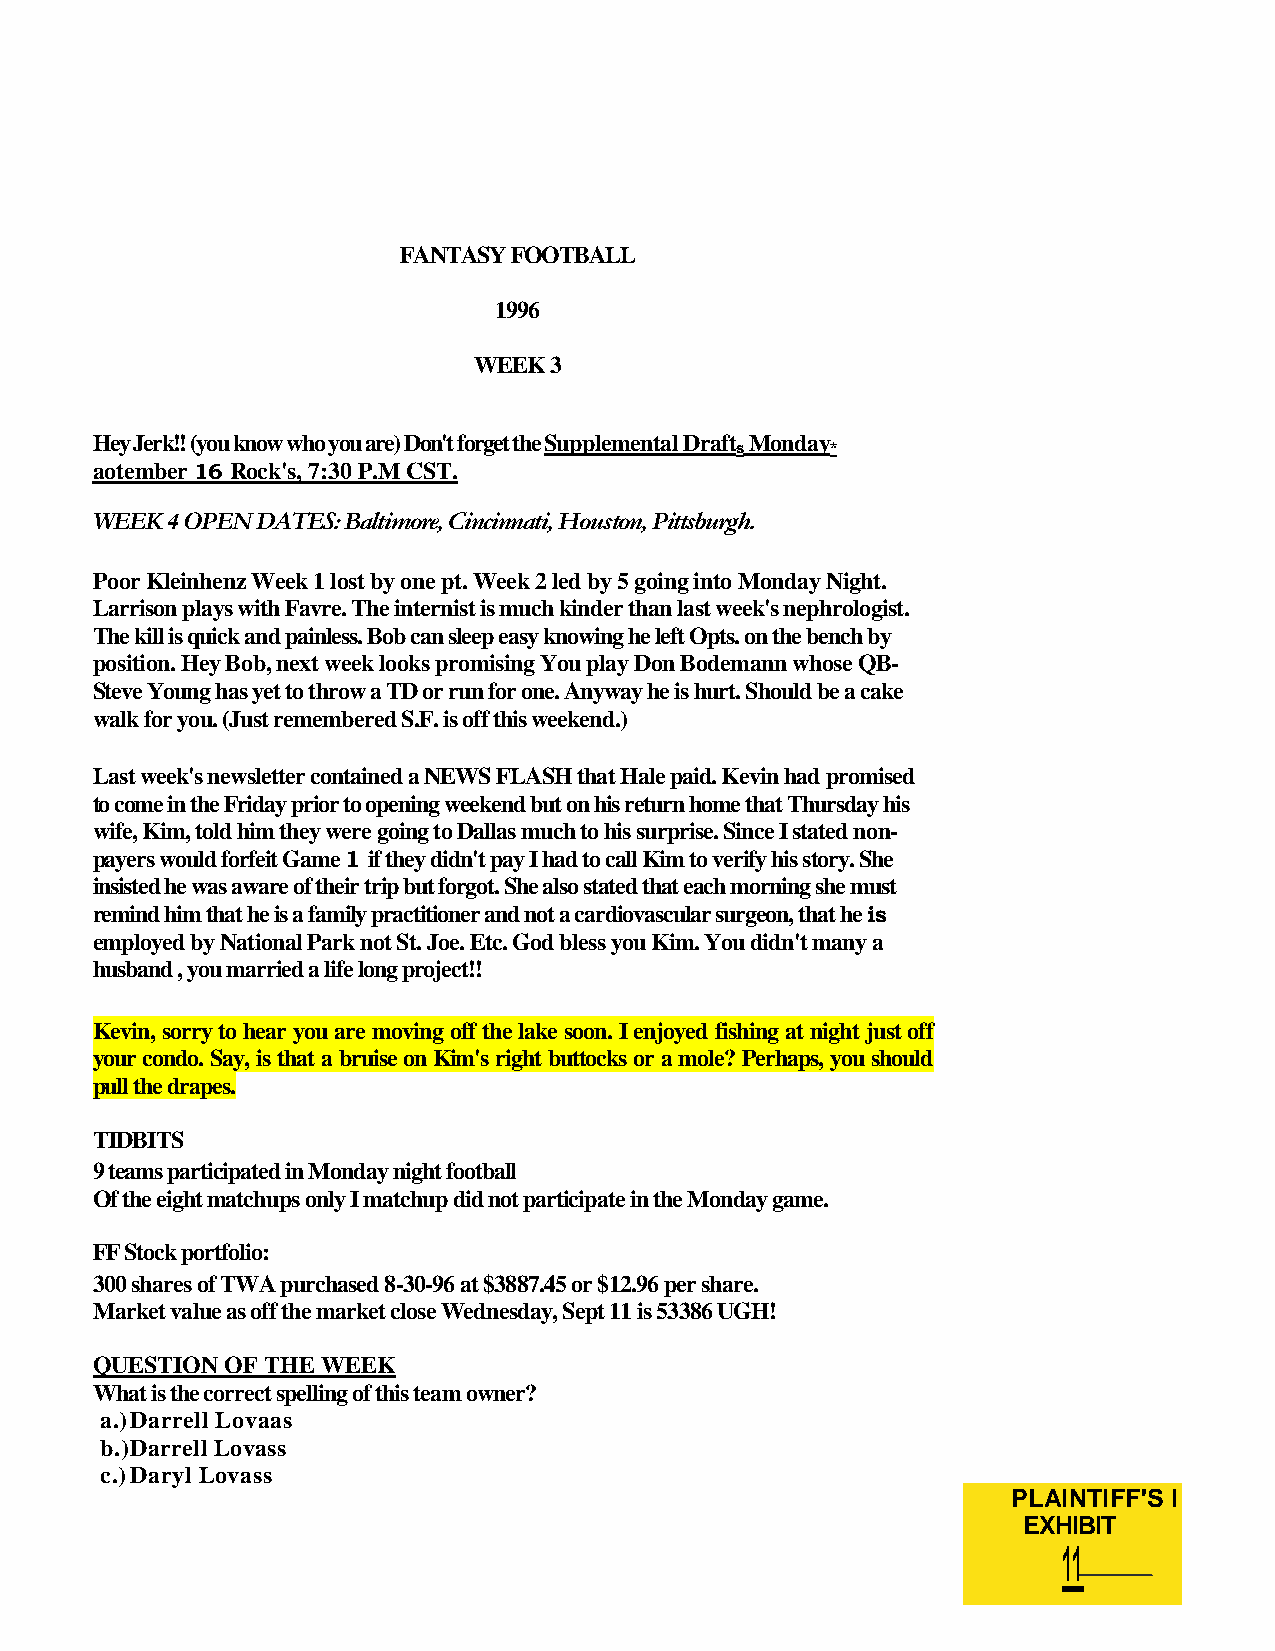
FANTASY FOOTBALL
 1996
 WEEK 3
 Hey Jerk!! (you know who you are) Don't forget the Supplemental Draft Monday
 s     *
 aotember 16 Rock's, 7:30 P.M CST.
 WEEK 4 OPEN DATES: Baltimore, Cincinnati, Houston, Pittsburgh.
 Poor Kleinhenz Week 1 lost by one pt. Week 2 led by 5 going into Monday Night.
 Larrison plays with Favre. The internist is much kinder than last week's nephrologist.
 The kill is quick and painless. Bob can sleep easy knowing he left Opts. on the bench by
 position. Hey Bob, next week looks promising You play Don Bodemann whose QB-
 Steve Young has yet to throw a TD or run for one. Anyway he is hurt. Should be a cake
 walk for you. (Just remembered S.F. is off this weekend.)
 Last week's newsletter contained a NEWS FLASH that Hale paid. Kevin had promised
 to come in the Friday prior to opening weekend but on his return home that Thursday his
 wife, Kim, told him they were going to Dallas much to his surprise. Since I stated non-
 payers would forfeit Game 1 if they didn't pay I had to call Kim to verify his story. She
 insisted he was aware of their trip but forgot. She also stated that each morning she must
 remind him that he is a family practitioner and not a cardiovascular surgeon, that he is
 employed by National Park not St. Joe. Etc. God bless you Kim. You didn't many a
 husband , you married a life long project!!
 Kevin, sorry to hear you are moving off the lake soon. I enjoyed fishing at night just off
 your condo. Say, is that a bruise on Kim's right buttocks or a mole? Perhaps, you should
 pull the drapes.
 TIDBITS
 9 teams participated in Monday night football
 Of the eight matchups only I matchup did not participate in the Monday game.
 FF Stock portfolio:
 300 shares of TWA purchased 8-30-96 at $3887.45 or $12.96 per share.
 Market value as off the market close Wednesday, Sept 11 is 53386 UGH!
 QUESTION OF THE WEEK
 What is the correct spelling of this team owner?
 a.) Darrell Lovaas
 b.) Darrell Lovass
 c.) Daryl Lovass
 PLAINTIFF'S I
 EXHIBIT
 11